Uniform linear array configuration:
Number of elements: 32
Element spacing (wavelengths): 0.5
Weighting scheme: kaiser
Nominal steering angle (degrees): -30
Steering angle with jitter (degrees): -30.914
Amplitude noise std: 0.05
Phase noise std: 0.05

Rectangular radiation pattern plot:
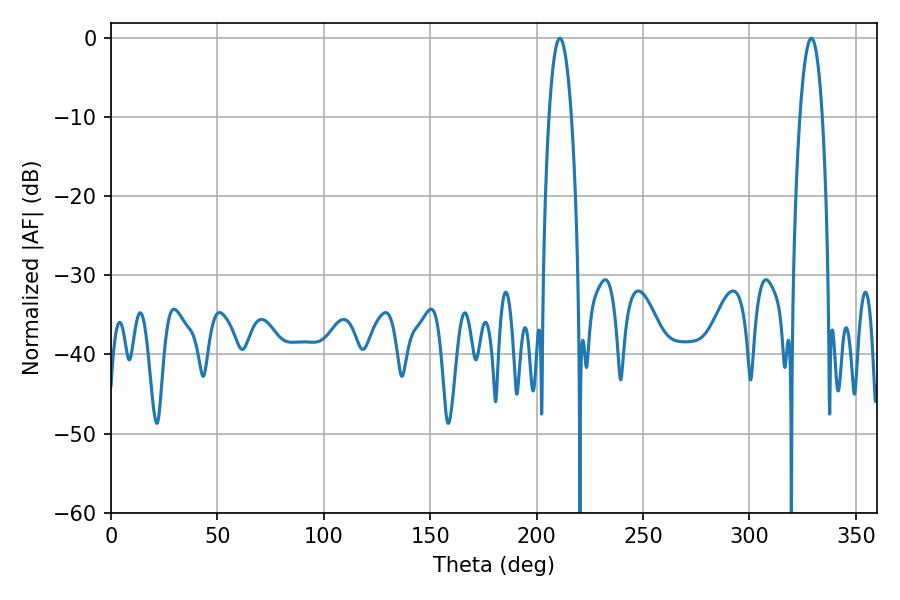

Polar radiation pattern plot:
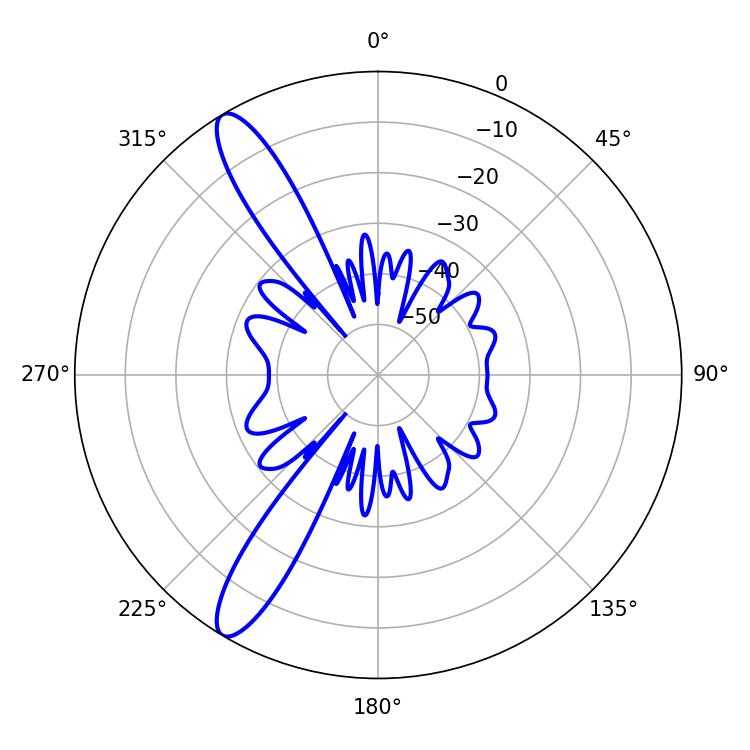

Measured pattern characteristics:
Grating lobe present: FALSE
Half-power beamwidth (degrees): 5.76
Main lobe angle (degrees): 329.04